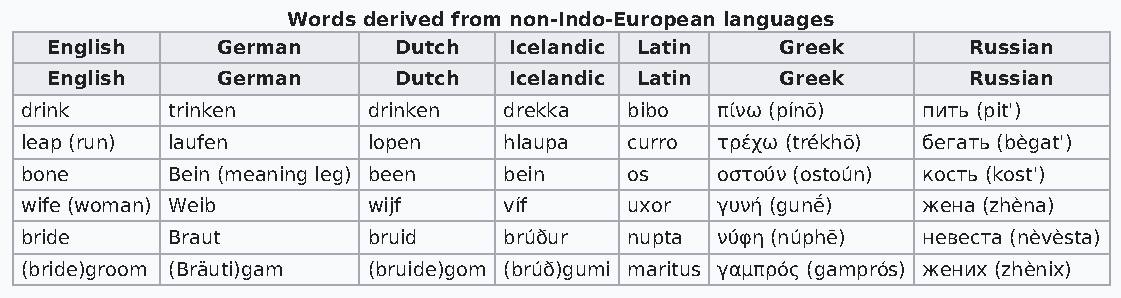
Words derived from non-Indo-European languages
 English    German      Dutch   Icelandic Latin   Greek       Russian
 English    German      Dutch   Icelandic Latin   Greek       Russian
 drink     trinken      drinken  drekka   bibo πίνω (pínō)   пить (pit')
 leap (run) laufen      lopen    hlaupa   curro τρέχω (trékhō) бегать (bègat')
 bone      Bein (meaning leg) been bein   os   οστούν (ostoún) кость (kost')
 wife (woman) Weib      wijf     víf      uxor γυνή (gunḗ)   жена (zhèna)
 bride     Braut        bruid    brúður   nupta νύφη (núphē) невеста (nèvèsta)
 (bride)groom (Bräuti)gam (bruide)gom (brúð)gumi maritus γαμπρός (gamprós) жених (zhènix)